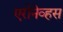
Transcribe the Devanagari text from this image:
एरोनेव्हस